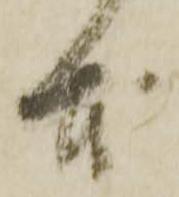
本